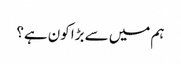
ہم میں سے بڑا کون ہے؟